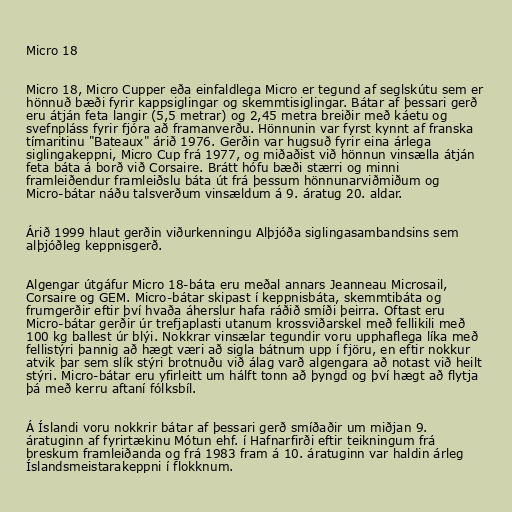
Micro 18

Micro 18, Micro Cupper eða einfaldlega Micro er tegund af seglskútu sem er
hönnuð bæði fyrir kappsiglingar og skemmtisiglingar. Bátar af þessari gerð
eru átján feta langir (5,5 metrar) og 2,45 metra breiðir með káetu og
svefnpláss fyrir fjóra að framanverðu. Hönnunin var fyrst kynnt af franska
tímaritinu "Bateaux" árið 1976. Gerðin var hugsuð fyrir eina árlega
siglingakeppni, Micro Cup frá 1977, og miðaðist við hönnun vinsælla átján
feta báta á borð við Corsaire. Brátt hófu bæði stærri og minni
framleiðendur framleiðslu báta út frá þessum hönnunarviðmiðum og
Micro-bátar náðu talsverðum vinsældum á 9. áratug 20. aldar.

Árið 1999 hlaut gerðin viðurkenningu Alþjóða siglingasambandsins sem
alþjóðleg keppnisgerð.

Algengar útgáfur Micro 18-báta eru meðal annars Jeanneau Microsail,
Corsaire og GEM. Micro-bátar skipast í keppnisbáta, skemmtibáta og
frumgerðir eftir því hvaða áherslur hafa ráðið smíði þeirra. Oftast eru
Micro-bátar gerðir úr trefjaplasti utanum krossviðarskel með fellikili með
100 kg ballest úr blýi. Nokkrar vinsælar tegundir voru upphaflega líka með
fellistýri þannig að hægt væri að sigla bátnum upp í fjöru, en eftir nokkur
atvik þar sem slík stýri brotnuðu við álag varð algengara að notast við heilt
stýri. Micro-bátar eru yfirleitt um hálft tonn að þyngd og því hægt að flytja
þá með kerru aftaní fólksbíl.

Á Íslandi voru nokkrir bátar af þessari gerð smíðaðir um miðjan 9.
áratuginn af fyrirtækinu Mótun ehf. í Hafnarfirði eftir teikningum frá
breskum framleiðanda og frá 1983 fram á 10. áratuginn var haldin árleg
Íslandsmeistarakeppni í flokknum.